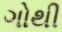
ગોથી